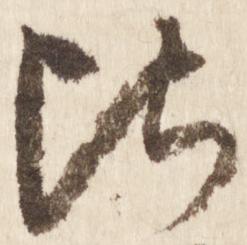
比